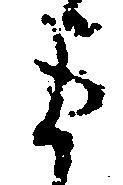
ま